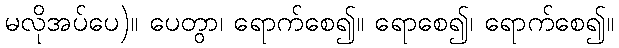
မလိုအပ်ပေ)။ ပေတွာ၊ ရောက်စေ၍။ ရောစေ၍၊ ရောက်စေ၍။